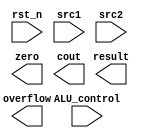
`timescale 1ns/1ps

//////////////////////////////////////////////////////////////////////////////////
// Company:
// Engineer:
//
// Design Name:
// Module Name:    alu
// Project Name:
// Target Devices:
// Tool versions:
// Description:
//
// Dependencies:
//
// Revision:
// Revision 0.01 - File Created
// Additional Comments:
//
//////////////////////////////////////////////////////////////////////////////////

module alu(
           rst_n,         // negative reset            (input)
           src1,          // 32 bits source 1          (input)
           src2,          // 32 bits source 2          (input)
           ALU_control,   // 4 bits ALU control input  (input)
		 //bonus_control, // 3 bits bonus control input(input) 
           result,        // 32 bits result            (output)
           zero,          // 1 bit when the output is 0, zero must be set (output)
           cout,          // 1 bit carry out           (output)
           overflow       // 1 bit overflow            (output)
           );


input           rst_n;
input  [32-1:0] src1;
input  [32-1:0] src2;
input   [4-1:0] ALU_control;
//input   [3-1:0] bonus_control; 

output [32-1:0] result;
output          zero;
output          cout;
output          overflow;

reg    [32-1:0] result;
reg             zero;
reg             cout;
reg             overflow;


endmodule